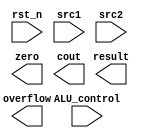
`timescale 1ns/1ps

//////////////////////////////////////////////////////////////////////////////////
// Company:
// Engineer:
//
// Design Name:
// Module Name:    alu
// Project Name:
// Target Devices:
// Tool versions:
// Description:
//
// Dependencies:
//
// Revision:
// Revision 0.01 - File Created
// Additional Comments:
//
//////////////////////////////////////////////////////////////////////////////////

module alu(
           rst_n,         // negative reset            (input)
           src1,          // 32 bits source 1          (input)
           src2,          // 32 bits source 2          (input)
           ALU_control,   // 4 bits ALU control input  (input)
		 //bonus_control, // 3 bits bonus control input(input) 
           result,        // 32 bits result            (output)
           zero,          // 1 bit when the output is 0, zero must be set (output)
           cout,          // 1 bit carry out           (output)
           overflow       // 1 bit overflow            (output)
           );


input           rst_n;
input  [32-1:0] src1;
input  [32-1:0] src2;
input   [4-1:0] ALU_control;
//input   [3-1:0] bonus_control; 

output [32-1:0] result;
output          zero;
output          cout;
output          overflow;

reg    [32-1:0] result;
reg             zero;
reg             cout;
reg             overflow;


endmodule